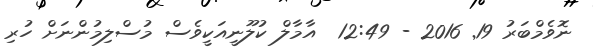
ނޮވެމްބަރު 19